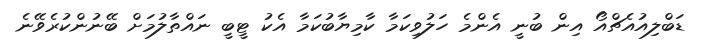
ޑަބްލިއުއެޗްއޯ އިން ބުނީ އެންމެ ހަލުވިކަމާ ކާމިޔާބުކަމާ އެކު ޓީބީ ނައްތާލުމަށް ބޭނުންކުރެވޭނެ